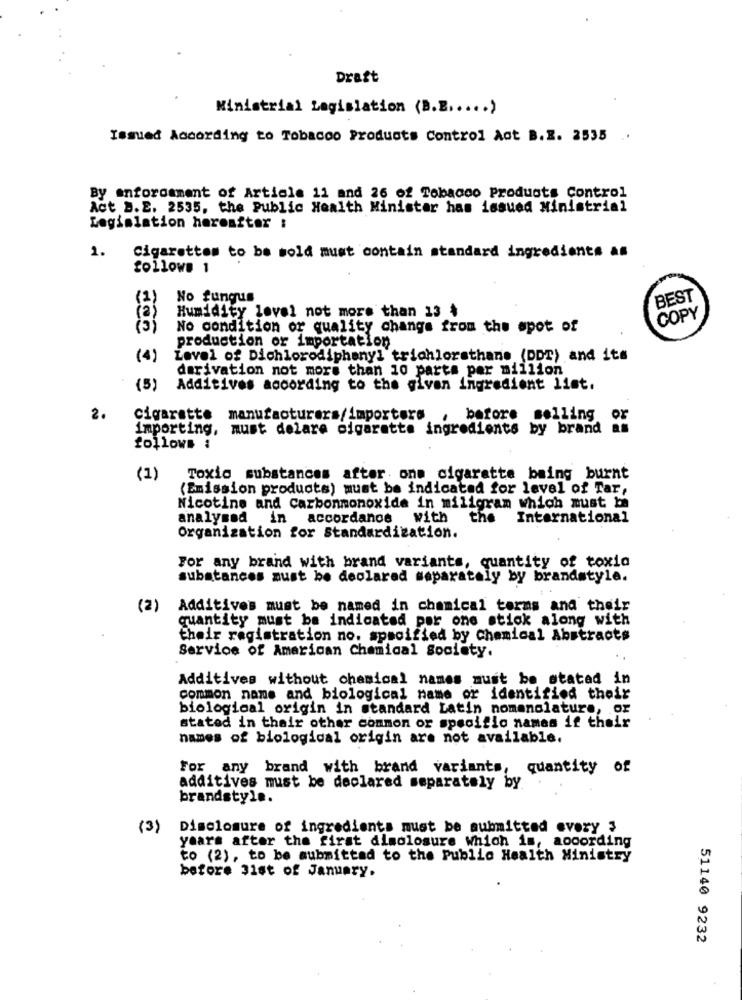
Draft
Ministrial Legislation (B.B ..... )
Issued According to Tobacco Products Control Aot B.Z. 2535 ..
By enforcament of Article 11 and 26 of Tobacco Products Control
Act B.E. 2535, the Public Health Minister has issued Ministrial
Legislation hereafter :
1.
Cigarettes to be sold must contain standard ingredients as
follows 1
(2)
No fungus
BEST
(a)
Humidity lovel not more than 13 +
COPY
(3)
No condition or quality change from the spot of
production or importation
(4)
Level of Dichlorodiphenyl trichlorsthans (DDT) and its
derivation not more than 10 parts per million
(5)
Additives according to the given ingredient list.
2.
cigarette manufacturers/importers
before selling
or
importing, must delare cigarette ingredients by brand
follows :
(1)
Toxic substances after one cigarette being burnt
(Emission products) must be indicated for level of Tar,
Nicotine and Carbonmonoxide in miligram which must be
analysod in accordance with
the
International
Organization for Standardization.
For any brand with brand variants, quantity of toxia
substances must be declared separately by brandstyle.
(2)
Additives must be named in chamical terms and their
quantity must be indicated por one stick along with
their registration no. specified by chemical Abstracts
Service of American Chemical Society.
Additives without chemical names must be stated in
common name and biological name or identified their
biological origin in standard Latin nomenclature, or
stated in their other common or specific names if their
names of biological origin are not available.
For any brand with brand variants,
quantity of
additives must be declared separately by.
brandstyle.
(3)
Disclosure of ingredients must be submitted every 3
years after the first disclosure which is, according
to (2), to be submitted to the Public Health Ministry
before 31st of January.
51140 9232